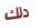
دلك